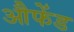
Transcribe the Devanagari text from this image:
औफेंड